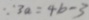
\because 3 a = 4 b - 3